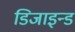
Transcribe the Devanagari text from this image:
डिजाइन्ड